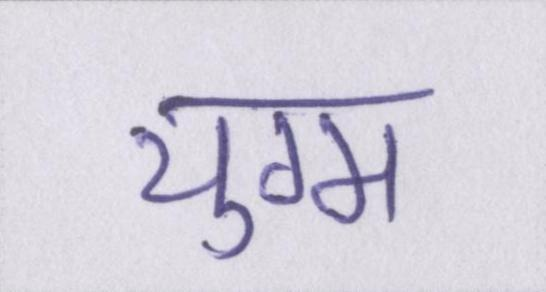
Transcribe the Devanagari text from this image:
युग्म